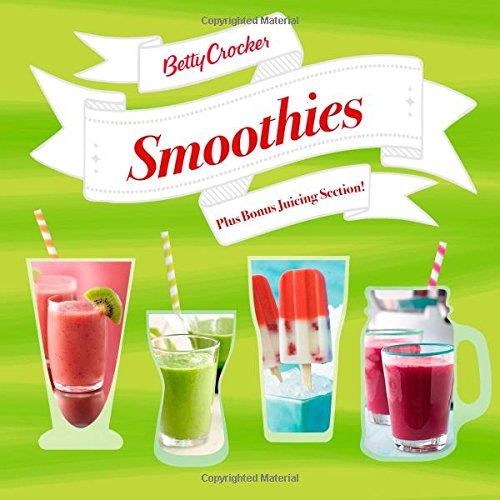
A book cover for Betty Crocker Smoothies (Betty Crocker Cooking); Betty Crocker; Cookbooks, Food & Wine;